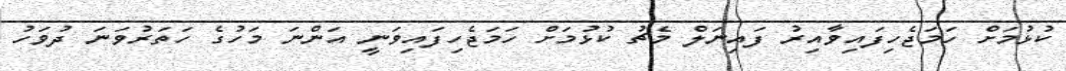
ކުޅުމަށް ހަމަޖެހިފައިވާއިރު ފައިނަލް މެޗު ކުޅުމަށް ހަމަޖެހިފައިވަނީ އަންނަ މަހުގެ ހަތަރުވަނަ ދުވަހު